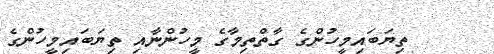
ތިޔަބައިމީހުންގެ ގާތްތިމާގެ މީހުންނާއި ތިޔަބައިމީހުންގެ